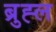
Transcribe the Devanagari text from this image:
ब्रुह्ल